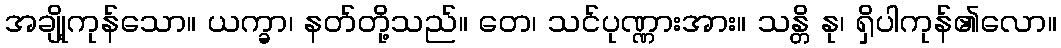
အချို့ကုန်သော။ ယက္ခာ၊ နတ်တို့သည်။ တေ၊ သင်ပုဏ္ဏားအား။ သန္တိ နု၊ ရှိပါကုန်၏လော။